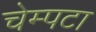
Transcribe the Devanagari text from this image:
चेम्पटा